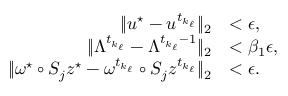
\begin{array} { r l } { \| u ^ { \star } - u ^ { t _ { k _ { \ell } } } \| _ { 2 } } & { < \epsilon , } \\ { \| \Lambda ^ { t _ { k _ { \ell } } } - \Lambda ^ { t _ { k _ { \ell } } - 1 } \| _ { 2 } } & { < \beta _ { 1 } \epsilon , } \\ { \| \omega ^ { \star } \circ S _ { j } z ^ { \star } - \omega ^ { t _ { k _ { \ell } } } \circ S _ { j } z ^ { t _ { k _ { \ell } } } \| _ { 2 } } & { < \epsilon . } \end{array}